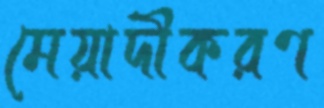
মেয়াদীকরণ